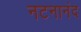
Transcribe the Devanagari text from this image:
नटनानंद